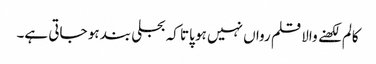
کالم لکھنے والا قلم رواں نہیں ہو پاتا کہ بجلی بند ہو جاتی ہے۔